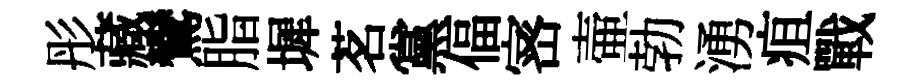
彤藏鸞脂墀茗黨偪宻壷勃湧疽戰